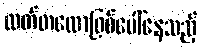
လတ်တလောဖြစ်ပေါ်နေသည့်